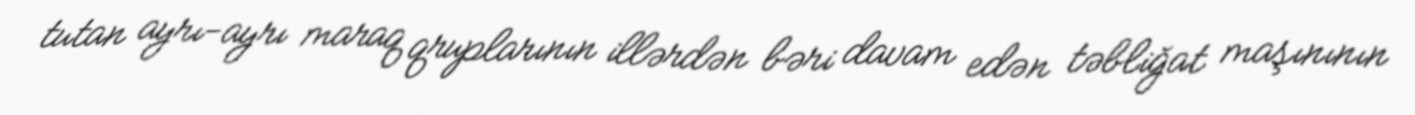
tutan ayrı-ayrı maraq qruplarının illərdən bəri davam edən təbliğat maşınının